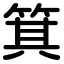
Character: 箕